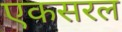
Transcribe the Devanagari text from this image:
एकसरल